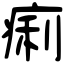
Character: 痢